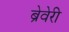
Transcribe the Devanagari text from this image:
ब्रेवेरी